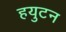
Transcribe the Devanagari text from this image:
हयुटन